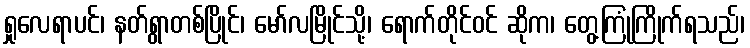
ရှုလေရာပင်၊ နတ်ရွာတစ်ပြိုင်၊ မော်လမြိုင်သို့၊ ရောက်တိုင်ဝင် ဆိုက၊ တွေ့ကြုံကြိုက်ရသည်၊